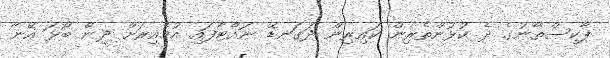
ޕާކިސްތާނުގެ ދެ ކުޅުންތެރިން ކައިރިން ދަގަނޑޭ ނައްޓާފައި އުމެއިރަށް ދިން ބޯޅަ އޭނާ